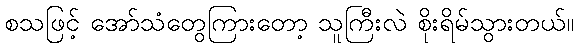
စသဖြင့် အော်သံတွေကြားတော့ သူကြီးလဲ စိုးရိမ်သွားတယ်။